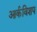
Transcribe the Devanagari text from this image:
आर्कविशप